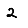
Digit: 2